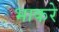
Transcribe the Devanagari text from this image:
भाकरे